Calcutta medical institutions reports 1871-78
Year: 1871
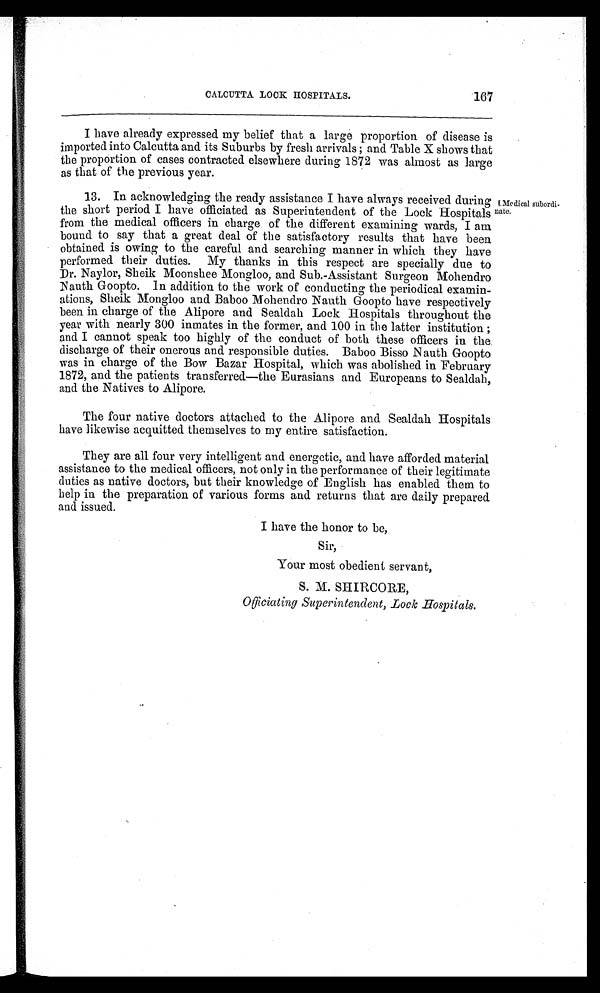
167
CALCUTTA LOCK HOSPITALS.
I have already expressed my belief that a large proportion of disease is
imported into Calcutta and its Suburbs by fresh arrivals ; and Table X shows that
the proportion of cases contracted elsewhere during 1872 was almost as large
as that of the previous year.
13. In acknowledging the ready assistance I have always received during
the short period I have officiated as Superintendent of the Lock Hospitals
from the medical officers in charge of the different examining wards, I am
bound to say that a great deal of the satisfactory results that have been
obtained is owing to the careful and searching manner in which they have
performed their duties. My thanks in this respect are specially due to
Dr. Naylor, Sheik Moonshee Mongloo, and Sub.-Assistant Surgeon Mohendro
Nauth Goopto. In addition to the work of conducting the periodical examin-
ations, Sheik Mongloo and Baboo Mohendro Nauth Goopto have respectively
been in charge of the Alipore and Sealdah Lock Hospitals throughout the
year with nearly 300 inmates in the former, and 100 in the latter institution ;
and I cannot speak too highly of the conduct of both these officers in the
discharge of their onerous and responsible duties. Baboo Bisso Nauth Goopto
was in charge of the Bow Bazar Hospital, which was abolished in February
1872, and the patients transferred—the Eurasians and Europeans to Sealdah,
and the Natives to Alipore.
The four native doctors attached to the Alipore and Sealdah Hospitals
have likewise acquitted themselves to my entire satisfaction.
They are all four very intelligent and energetic, and have afforded material
assistance to the medical officers, not only in the performance of their legitimate
duties as native doctors, but their knowledge of English has enabled them to
help in the preparation of various forms and returns that are daily prepared
and issued.
Medical subordi-
nate.
I have the honor to be,
Sir,
Your most obedient servant,
S. M. SHIRCORE,
Officiating Superintendent, Lock Hospitals .